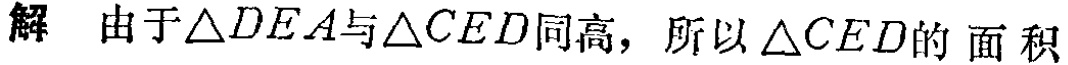
解 由于$\triangle DEA$与$\triangle CED$同高，所以$\triangle CED$的 面积